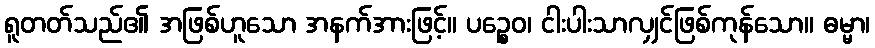
ရူတတ်သည်၏ အဖြစ်ဟူသော အနက်အားဖြင့်။ ပဉ္စေဝ၊ ငါးပါးသာလျှင်ဖြစ်ကုန်သော။ ဓမ္မာ၊